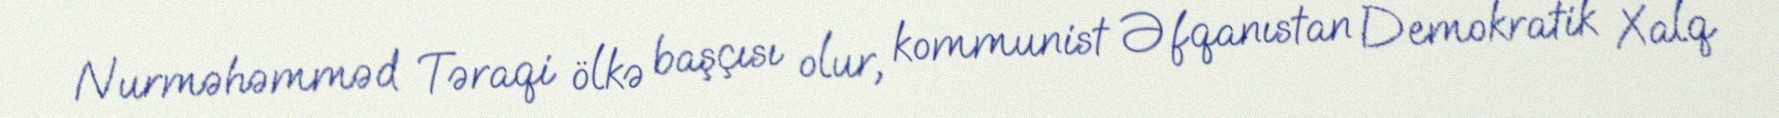
Nurməhəmməd Təraqi ölkə başçısı olur, kommunist Əfqanıstan Demokratik Xalq